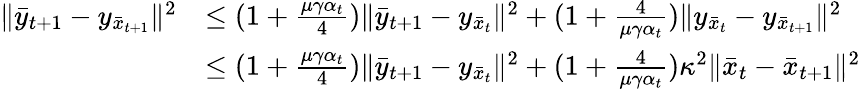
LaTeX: \begin{array}{rl}{\| \bar{y}_{t+1}-y_{\bar{x}_{t+1}}\| ^{2}}&{\leq(1+\frac{\mu\gamma\alpha_{t}}{4})\| \bar{y}_{t+1}-y_{\bar{x}_{t}}\| ^{2}+(1+\frac{4}{\mu\gamma\alpha_{t}})\| y_{\bar{x}_{t}}-y_{\bar{x}_{t+1}}\| ^{2}}\\ &{\leq(1+\frac{\mu\gamma\alpha_{t}}{4})\| \bar{y}_{t+1}-y_{\bar{x}_{t}}\| ^{2}+(1+\frac{4}{\mu\gamma\alpha_{t}})\kappa^{2}\| \bar{x}_{t}-\bar{x}_{t+1}\| ^{2}}\end{array}